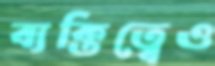
ব্যক্তিত্বেও